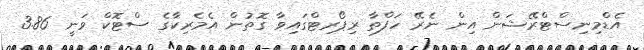
އެޑްމިނިސްޓްރޭޝަން އިން ނެރޭ ހަފްތާ ރިޕޯރޓްގައިވާ ގޮތުން އެމެރިކާގެ ސްޓޮކް ވަނީ 3.86